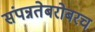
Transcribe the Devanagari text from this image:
संपन्नतेबरोबरच